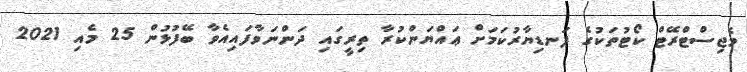
މެޖިސްޓްރޭޓް ކޯޓުތަކުގެ ފަނޑިޔާރުކަމަށް ޢައްޔަންކުރާ ތިރީގައި ދަންނަވާފައިއެވާ ބޭފުޅުން 25 މެއި 2021